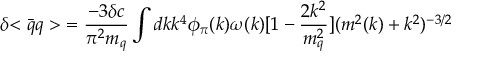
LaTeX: { \delta { < { \bar { q } } q > } } = { \frac { - 3 { \delta c } } { \pi ^ { 2 } m _ { q } } } \int d k k ^ { 4 } \phi _ { \pi } ( k ) \omega ( k ) [ 1 - { \frac { 2 k ^ { 2 } } { m _ { q } ^ { 2 } } } ] ( m ^ { 2 } ( k ) + k ^ { 2 } ) ^ { - 3 / 2 }